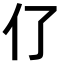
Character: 𠆨